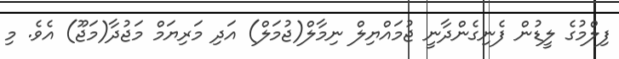
ފިލްމުގެ ލީޑުން ފެނިގެންދާނީ ޖުމައްޔިލް ނިމާލް(ޖުމަލް) އަދި މަރިޔަމް މަޖުދާ(މަޖޫ) އެވެ. މި